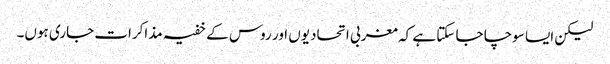
لیکن ایسا سوچا جا سکتا ہے کہ مغربی اتحادیوں اور روس کے خفیہ مذاکرات جاری ہوں۔